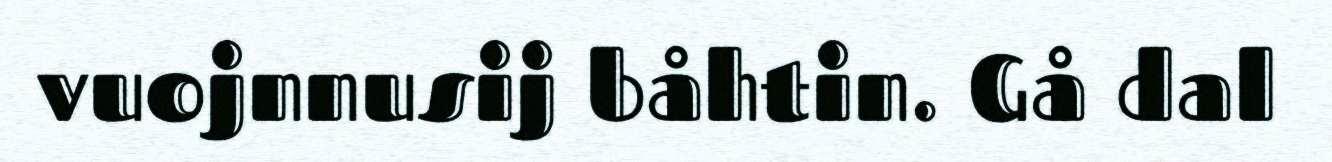
vuojnnusij båhtin. Gå dal